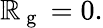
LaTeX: \mathbb{R}_{\mathrm{{~g~}}}=0.